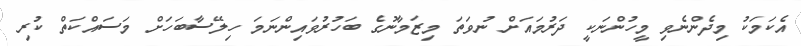
އެކަމަކު މިދެންނެވި މީހުންނަކީ ދަރުމައަށް ނުވަތަ މިޒަމާނުގެ ބަހުރުވައިންނަމަ ހިލޭސާބަހަށް މަސައްކަތް ކުރި